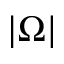
| \Omega |